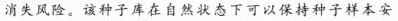
消失风险。该种子库在自然状态下可以保持种子样本安